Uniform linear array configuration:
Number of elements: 8
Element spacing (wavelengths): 1
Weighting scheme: binomial
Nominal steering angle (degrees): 0
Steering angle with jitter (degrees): -1.839
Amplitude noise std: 0.05
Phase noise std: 0.05

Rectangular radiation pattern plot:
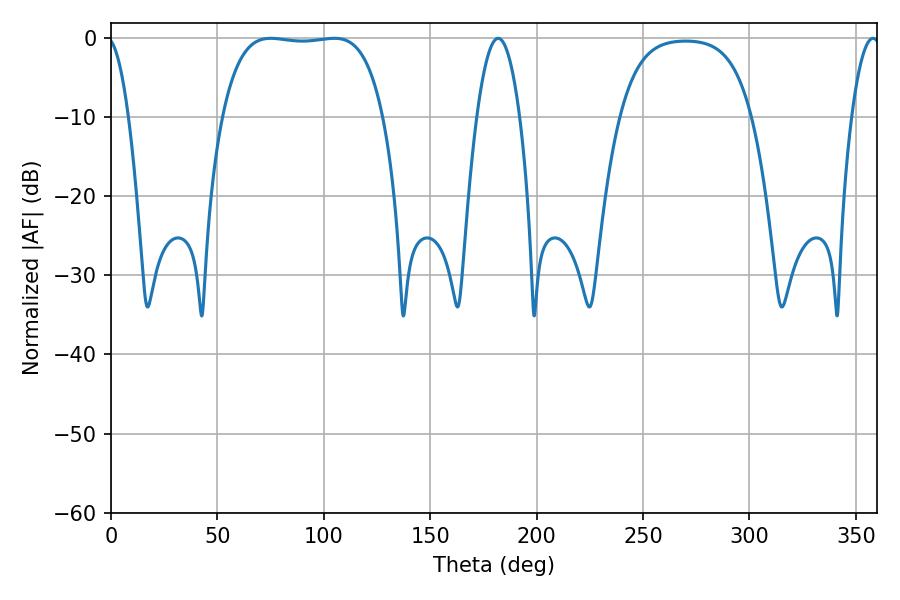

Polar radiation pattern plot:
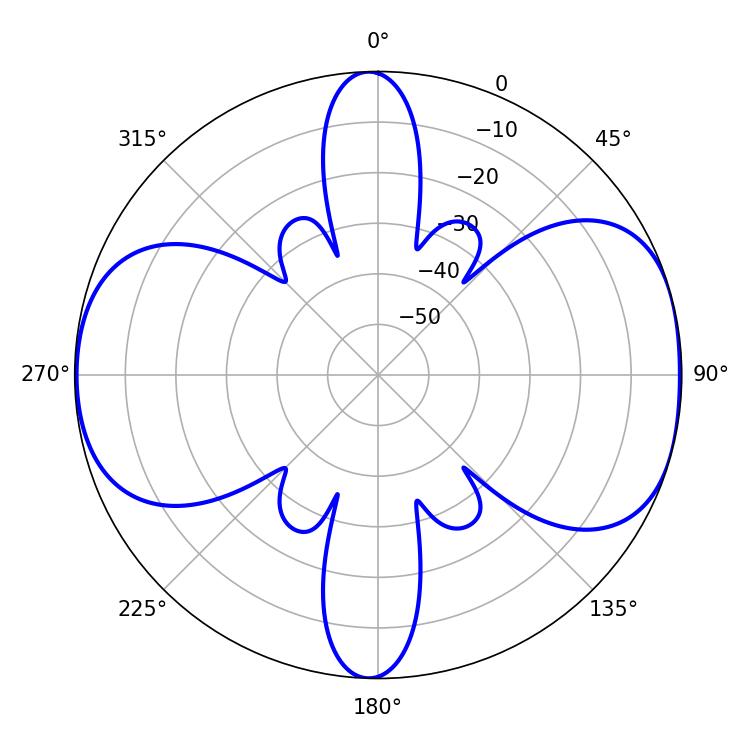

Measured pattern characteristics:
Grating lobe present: TRUE
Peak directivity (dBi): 8.394
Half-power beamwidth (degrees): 59.4
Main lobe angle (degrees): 75.06